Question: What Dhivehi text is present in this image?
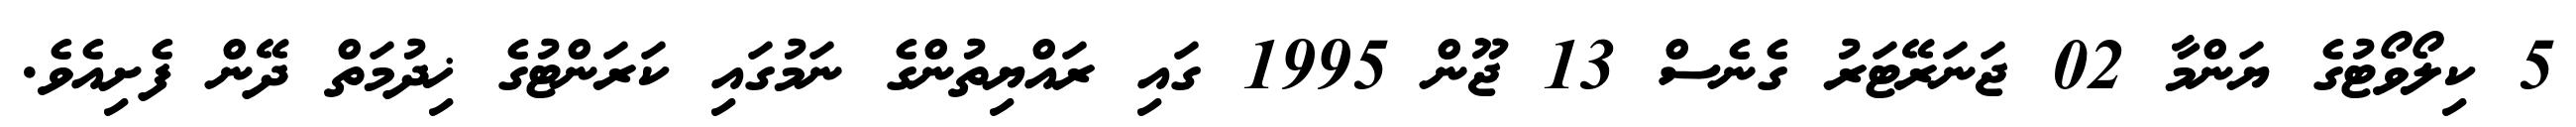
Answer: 5 ކިލޯވޯޓުގެ ޔަންމާ 02 ޖަނަރޭޓަރު ގެނެސް 13 ޖޫން 1995 ގައި ރައްޔިތުންގެ ނަމުގައި ކަރަންޓުގެ ޚިދުމަތް ދޭން ފެށިއެވެ.